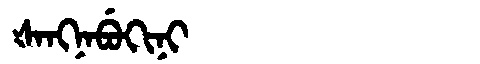
Manchu: ᡧᠠᠩᠨᠠᠪᡠᡴᡳᠨᡳ
Romanization: ŠANGNABUKINI